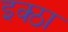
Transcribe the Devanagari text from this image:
इक्ठा